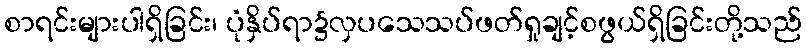
စာရင်းများပါရှိခြင်း၊ ပုံနှိပ်ရာ၌လှပသေသပ်ဖတ်ရှုချင့်စဖွယ်ရှိခြင်းတို့သည်